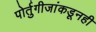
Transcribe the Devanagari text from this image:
पोर्तुगीजांकडूनही